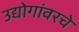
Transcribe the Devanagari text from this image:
उद्योगांवरचे